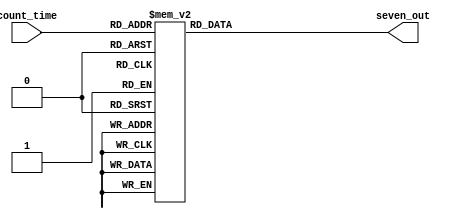
module seven_display(count_time, seven_out);

input [3:0] count_time;
output reg [6:0] seven_out;

always@* begin

	case(count_time)
		4'h0:  seven_out <= 7'b1000000;
      4'h1:  seven_out <= 7'b1111001;
      4'h2:  seven_out <= 7'b0100100;
      4'h3:  seven_out <= 7'b0110000;
      4'h4:  seven_out <= 7'b0011001;
      4'h5:  seven_out <= 7'b0010010;
      4'h6:  seven_out <= 7'b0000010;
      4'h7:  seven_out <= 7'b1111000;
      4'h8:  seven_out <= 7'b0000000;
      4'h9:  seven_out <= 7'b0010000;
      4'ha:  seven_out <= 7'b0001000;
      4'hb:  seven_out <= 7'b0000011;
      4'hc:  seven_out <= 7'b1000110;
      4'hd:  seven_out <= 7'b0100001;
      4'he:  seven_out <= 7'b0000110;
      4'hf:  seven_out <= 7'b0001110;
	endcase

end
	
endmodule